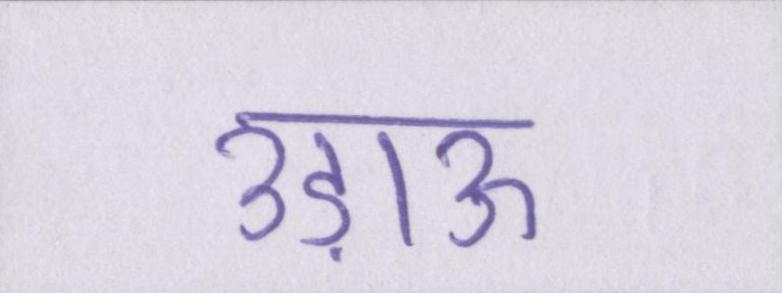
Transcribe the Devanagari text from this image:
उड़ाऊ